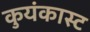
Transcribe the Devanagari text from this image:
कुयंकास्ट